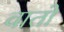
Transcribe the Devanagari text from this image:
वातों